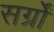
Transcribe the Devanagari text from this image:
सर्ग्रों